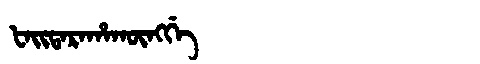
Manchu: ᡶᠠᡳᡨᠠᡵᠠᡥᠠᡴᡡᠩᡤᡝ
Romanization: FAITARAHAKŪNGGE